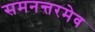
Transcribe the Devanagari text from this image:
समनन्तरमेव